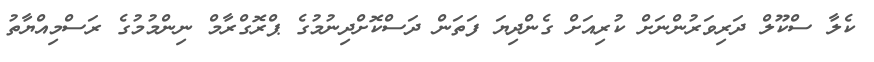
ކެލާ ސްކޫލް ދަރިވަރުންނަށް ކުރިއަށް ގެންދިޔަ ފަތަން ދަސްކޮށްދިނުމުގެ ޕްރޮގްރާމް ނިންމުމުގެ ރަސްމިއްޔާތު